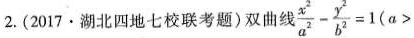
2.(2017·湖北四地七校联考题)双曲线 $$\frac{x^{2}}{a^{2}}- \frac{y^{2}}{b^{2}}=1$$(a>